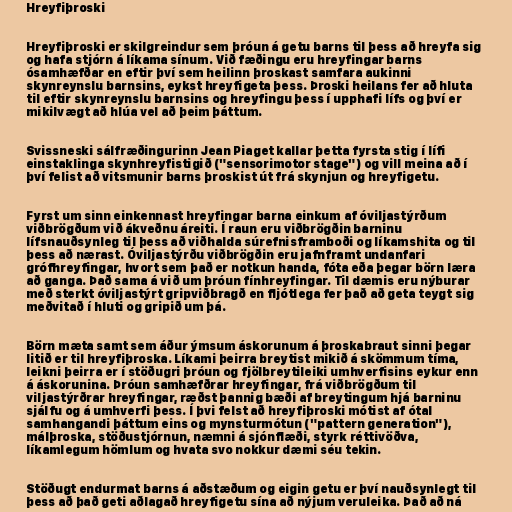
Hreyfiþroski

Hreyfiþroski er skilgreindur sem þróun á getu barns til þess að hreyfa sig
og hafa stjórn á líkama sínum. Við fæðingu eru hreyfingar barns
ósamhæfðar en eftir því sem heilinn þroskast samfara aukinni
skynreynslu barnsins, eykst hreyfigeta þess. Þroski heilans fer að hluta
til eftir skynreynslu barnsins og hreyfingu þess í upphafi lífs og því er
mikilvægt að hlúa vel að þeim þáttum.

Svissneski sálfræðingurinn Jean Piaget kallar þetta fyrsta stig í lífi
einstaklinga skynhreyfistigið ("sensorimotor stage") og vill meina að í
því felist að vitsmunir barns þroskist út frá skynjun og hreyfigetu.

Fyrst um sinn einkennast hreyfingar barna einkum af óviljastýrðum
viðbrögðum við ákveðnu áreiti. Í raun eru viðbrögðin barninu
lífsnauðsynleg til þess að viðhalda súrefnisframboði og líkamshita og til
þess að nærast. Óviljastýrðu viðbrögðin eru jafnframt undanfari
grófhreyfingar, hvort sem það er notkun handa, fóta eða þegar börn læra
að ganga. Það sama á við um þróun fínhreyfingar. Til dæmis eru nýburar
með sterkt óviljastýrt gripviðbragð en fljótlega fer það að geta teygt sig
meðvitað í hluti og gripið um þá.

Börn mæta samt sem áður ýmsum áskorunum á þroskabraut sinni þegar
litið er til hreyfiþroska. Líkami þeirra breytist mikið á skömmum tíma,
leikni þeirra er í stöðugri þróun og fjölbreytileiki umhverfisins eykur enn
á áskorunina. Þróun samhæfðrar hreyfingar, frá viðbrögðum til
viljastýrðrar hreyfingar, ræðst þannig bæði af breytingum hjá barninu
sjálfu og á umhverfi þess. Í þvi felst að hreyfiþroski mótist af ótal
samhangandi þáttum eins og mynsturmótun ("pattern generation"),
málþroska, stöðustjórnun, næmni á sjónflæði, styrk réttivöðva,
líkamlegum hömlum og hvata svo nokkur dæmi séu tekin.

Stöðugt endurmat barns á aðstæðum og eigin getu er því nauðsynlegt til
þess að það geti aðlagað hreyfigetu sína að nýjum veruleika. Það að ná